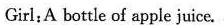
Girl 4 A bottle of apple juice.